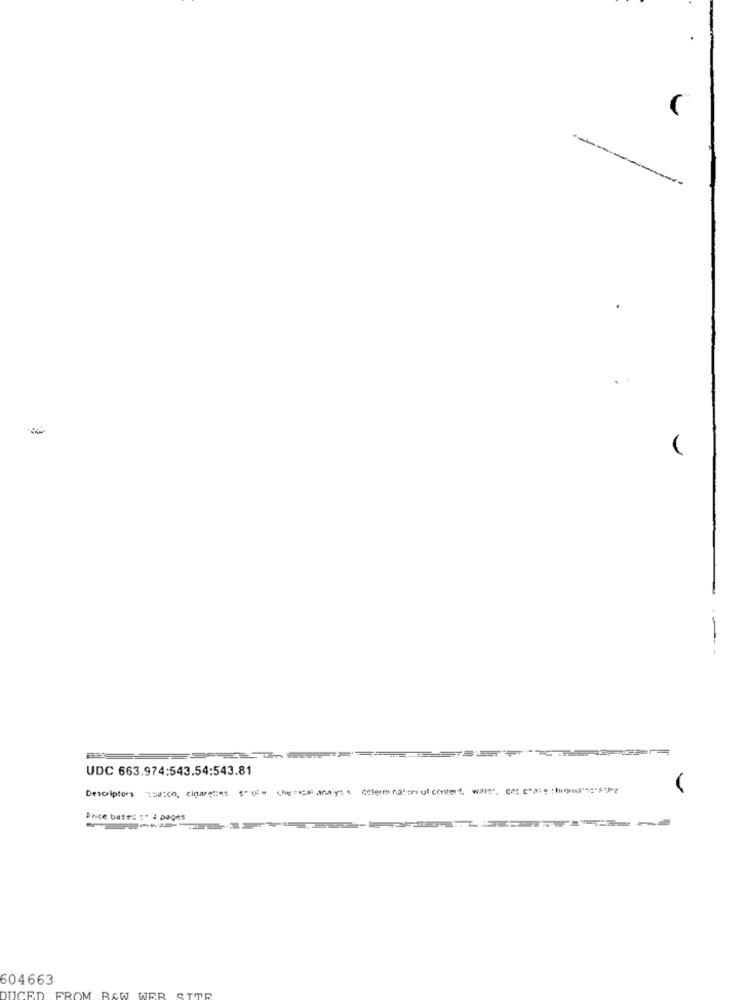
UDC 663.974:543.54:543.81
Descriptors sacco, cigaretes seothers analyse cetermination ul content, war. war -a:
Brice base: :* i pages
604663
FROM RAW WER STOR
UCED